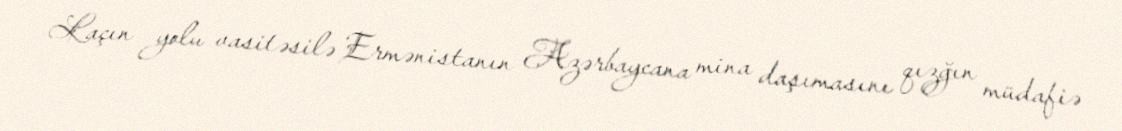
Laçın yolu vasitəsilə Ermənistanın Azərbaycana mina daşımasını qızğın müdafiə